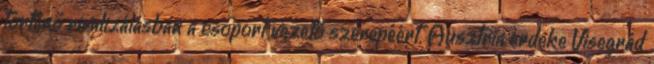
történő rivalizálásban a csoport vezető szerepéért. Ausztria érdeke Visegrád